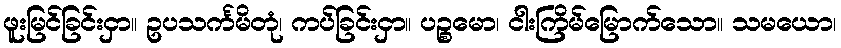
ဖူးမြင်ခြင်းငှာ။ ဥပသင်္ကမိတုံ၊ ကပ်ခြင်းငှာ။ ပဉ္စမော၊ ငါးကြိမ်မြောက်သော။ သမယော၊